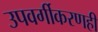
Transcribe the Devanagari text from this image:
उपवर्गीकरणही